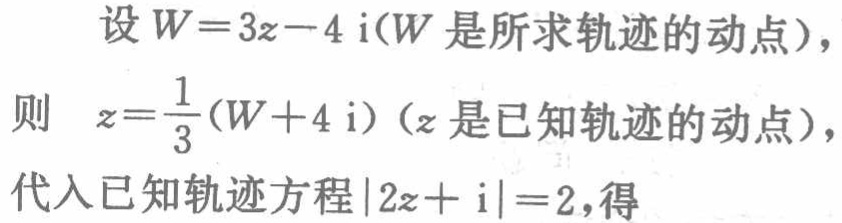
设\(W = 3z - 4\mathrm{i}(W\)是所求轨迹的动点\()\)，

则 \(z=\frac{1}{3}(W + 4\mathrm{i})\) (\(z\)是已知轨迹的动点\()\)，

代入已知轨迹方程\(\vert 2z+\mathrm{i}\vert = 2\)，得